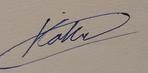
Signature authenticity: genuine